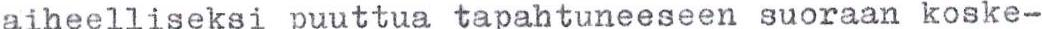
aiheelliseksi puuttua tapahtuneeseen suoraan koske-